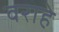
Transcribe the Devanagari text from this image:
वराहे